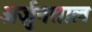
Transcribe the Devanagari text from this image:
अर्जुनताल